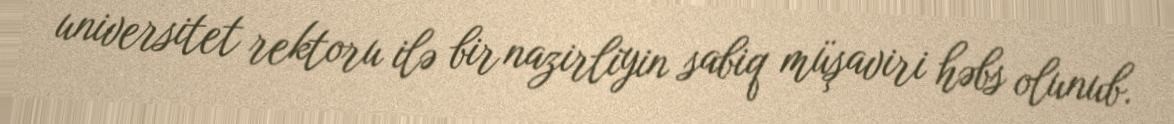
universitet rektoru ilə bir nazirliyin sabiq müşaviri həbs olunub.